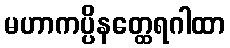
မဟာကပ္ပိနတ္ထေရဂါထာ